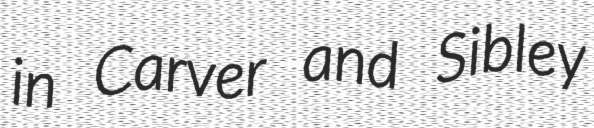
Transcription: in Carver and Sibley